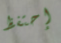
إحتفظ